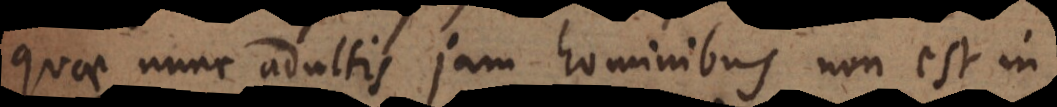
quae nunc adultis jam hominibus non est in